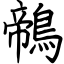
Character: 鶙